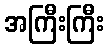
အကြီးကြီး